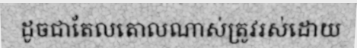
ដូចជាតែលតោលណាស់ត្រូវរស់ដោយ